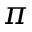
\pi